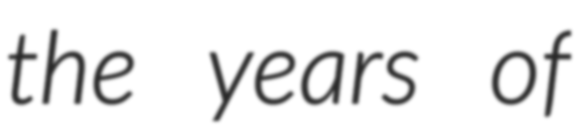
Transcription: the years of